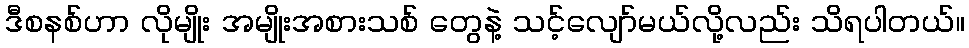
ဒီစနစ်ဟာ လိုမျိုး အမျိုးအစားသစ် တွေနဲ့ သင့်လျော်မယ်လို့လည်း သိရပါတယ်။